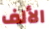
الألف